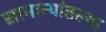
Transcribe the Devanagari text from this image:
सामान्यांतल्या